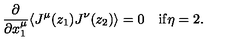
\begin{array} { c c } { \displaystyle { \frac { \partial } { \partial x _ { 1 } ^ { \mu } } } \langle J ^ { \mu } ( z _ { 1 } ) J ^ { \nu } ( z _ { 2 } ) \rangle = 0 } & { \mathrm { i f } \eta = 2 . } \\ \end{array}